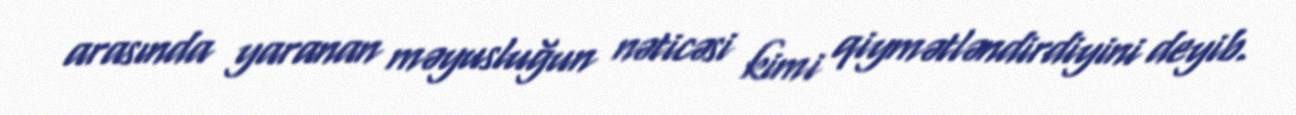
arasında yaranan məyusluğun nəticəsi kimi qiymətləndirdiyini deyib.